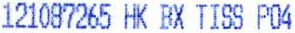
121087265 HK BX TISS PO4